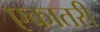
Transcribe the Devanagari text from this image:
एकातरी